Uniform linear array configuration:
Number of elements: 12
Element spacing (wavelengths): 0.25
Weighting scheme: hamming
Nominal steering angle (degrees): -15
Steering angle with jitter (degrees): -14.356
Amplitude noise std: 0.05
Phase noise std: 0.05

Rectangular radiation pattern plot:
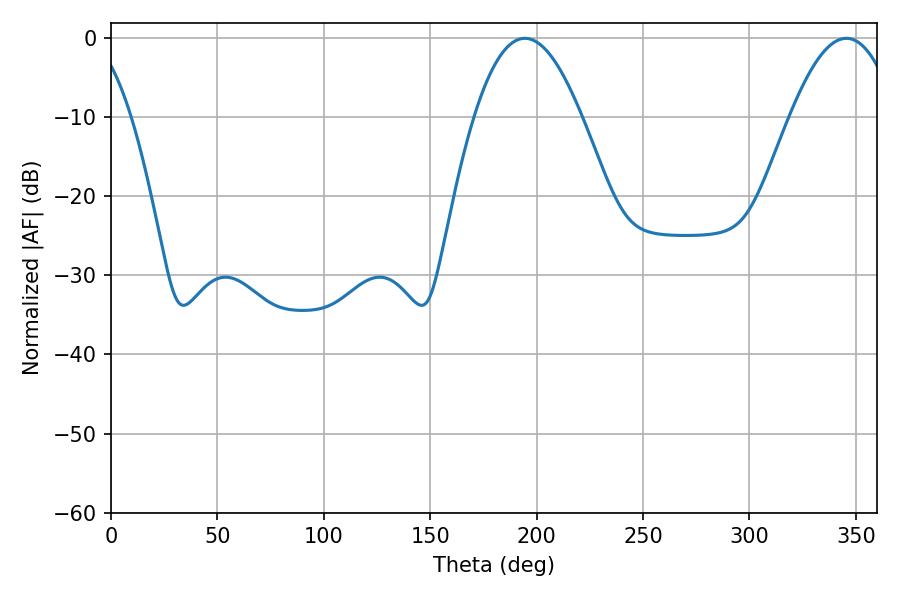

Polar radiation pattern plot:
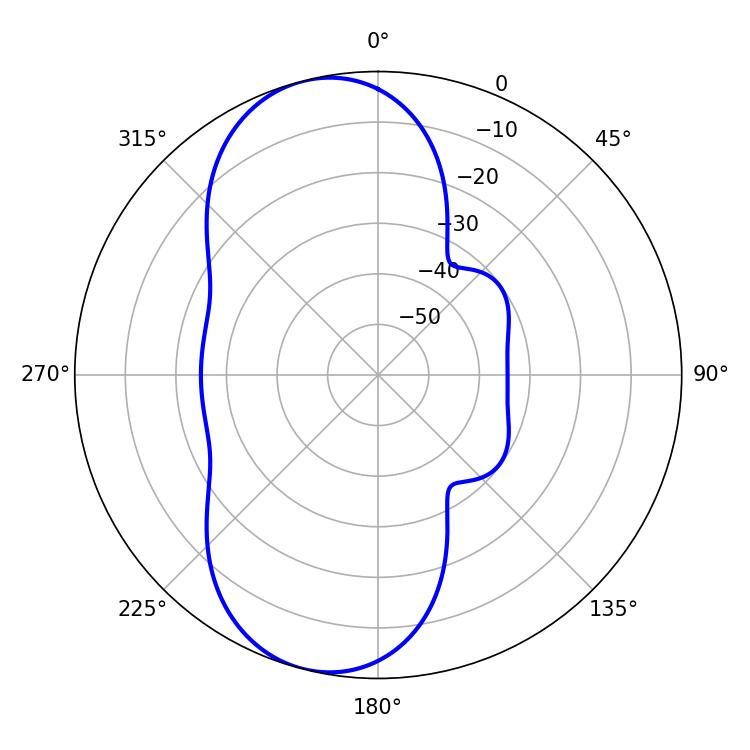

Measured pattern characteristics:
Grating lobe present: FALSE
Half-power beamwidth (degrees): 27.54
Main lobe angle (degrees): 194.4